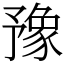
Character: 豫